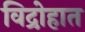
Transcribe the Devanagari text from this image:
विद्रोहात